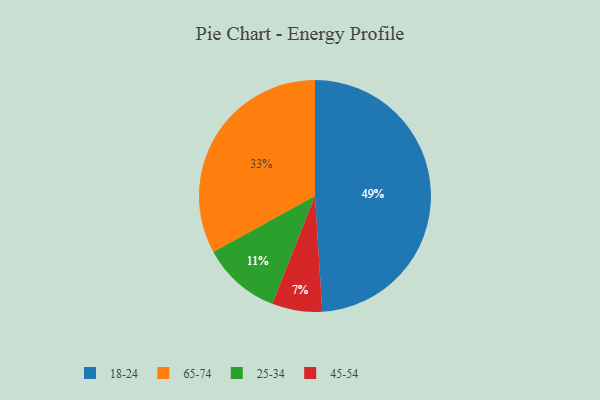
{"axis": {"x": "Category", "y": "Percentage"}, "legend": ["18-24", "25-34", "45-54", "65-74"], "data": [{"x": "25-34", "y": 11, "type": "25-34"}, {"x": "45-54", "y": 7, "type": "45-54"}, {"x": "65-74", "y": 33, "type": "65-74"}, {"x": "18-24", "y": 49, "type": "18-24"}]}